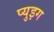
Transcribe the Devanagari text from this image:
प्युइग